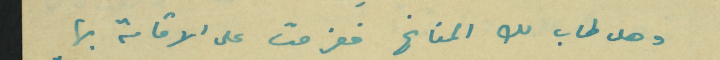
وهل طاب لك المناخ فغرمت على الاقامة بها